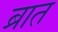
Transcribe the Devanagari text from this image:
ब्रात